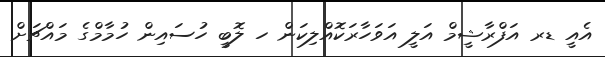
އެއީ ޑރ އަފްރާޝީމް އަލީ އަވަހާރަކޮއްލިކަން ހ ލޮބީ ހުސައިން ހުމާމްގެ މައްޗަށް